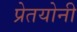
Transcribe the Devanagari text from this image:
प्रेतयोनी